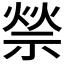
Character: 𥚡